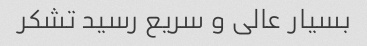
بسیار عالی و سریع رسید تشکر